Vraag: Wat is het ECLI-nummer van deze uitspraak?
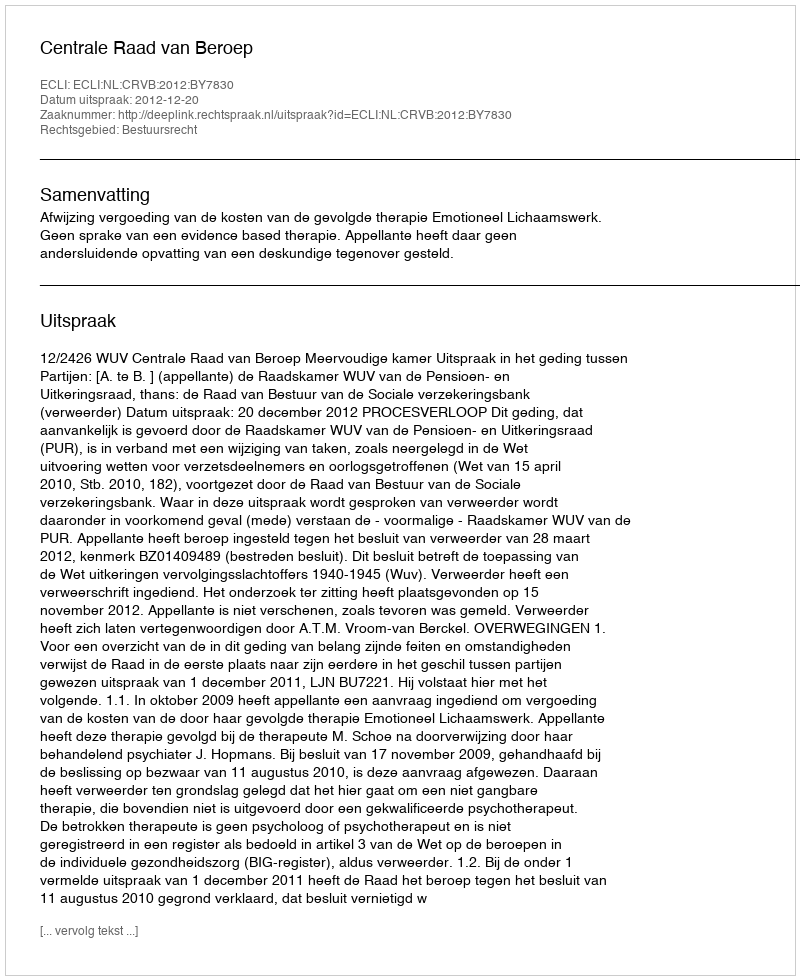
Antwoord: ECLI:NL:CRVB:2012:BY7830